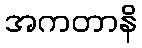
အကတာနိ